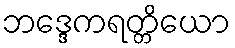
ဘဒ္ဒေကရတ္တိယော